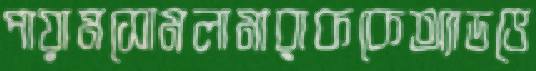
পায়ামসোমলামারাককেঅ্যাডভে